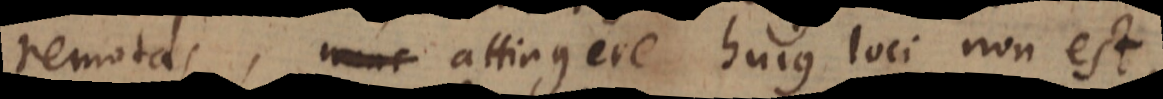
remotas, nunc attingere hujus loci non est,